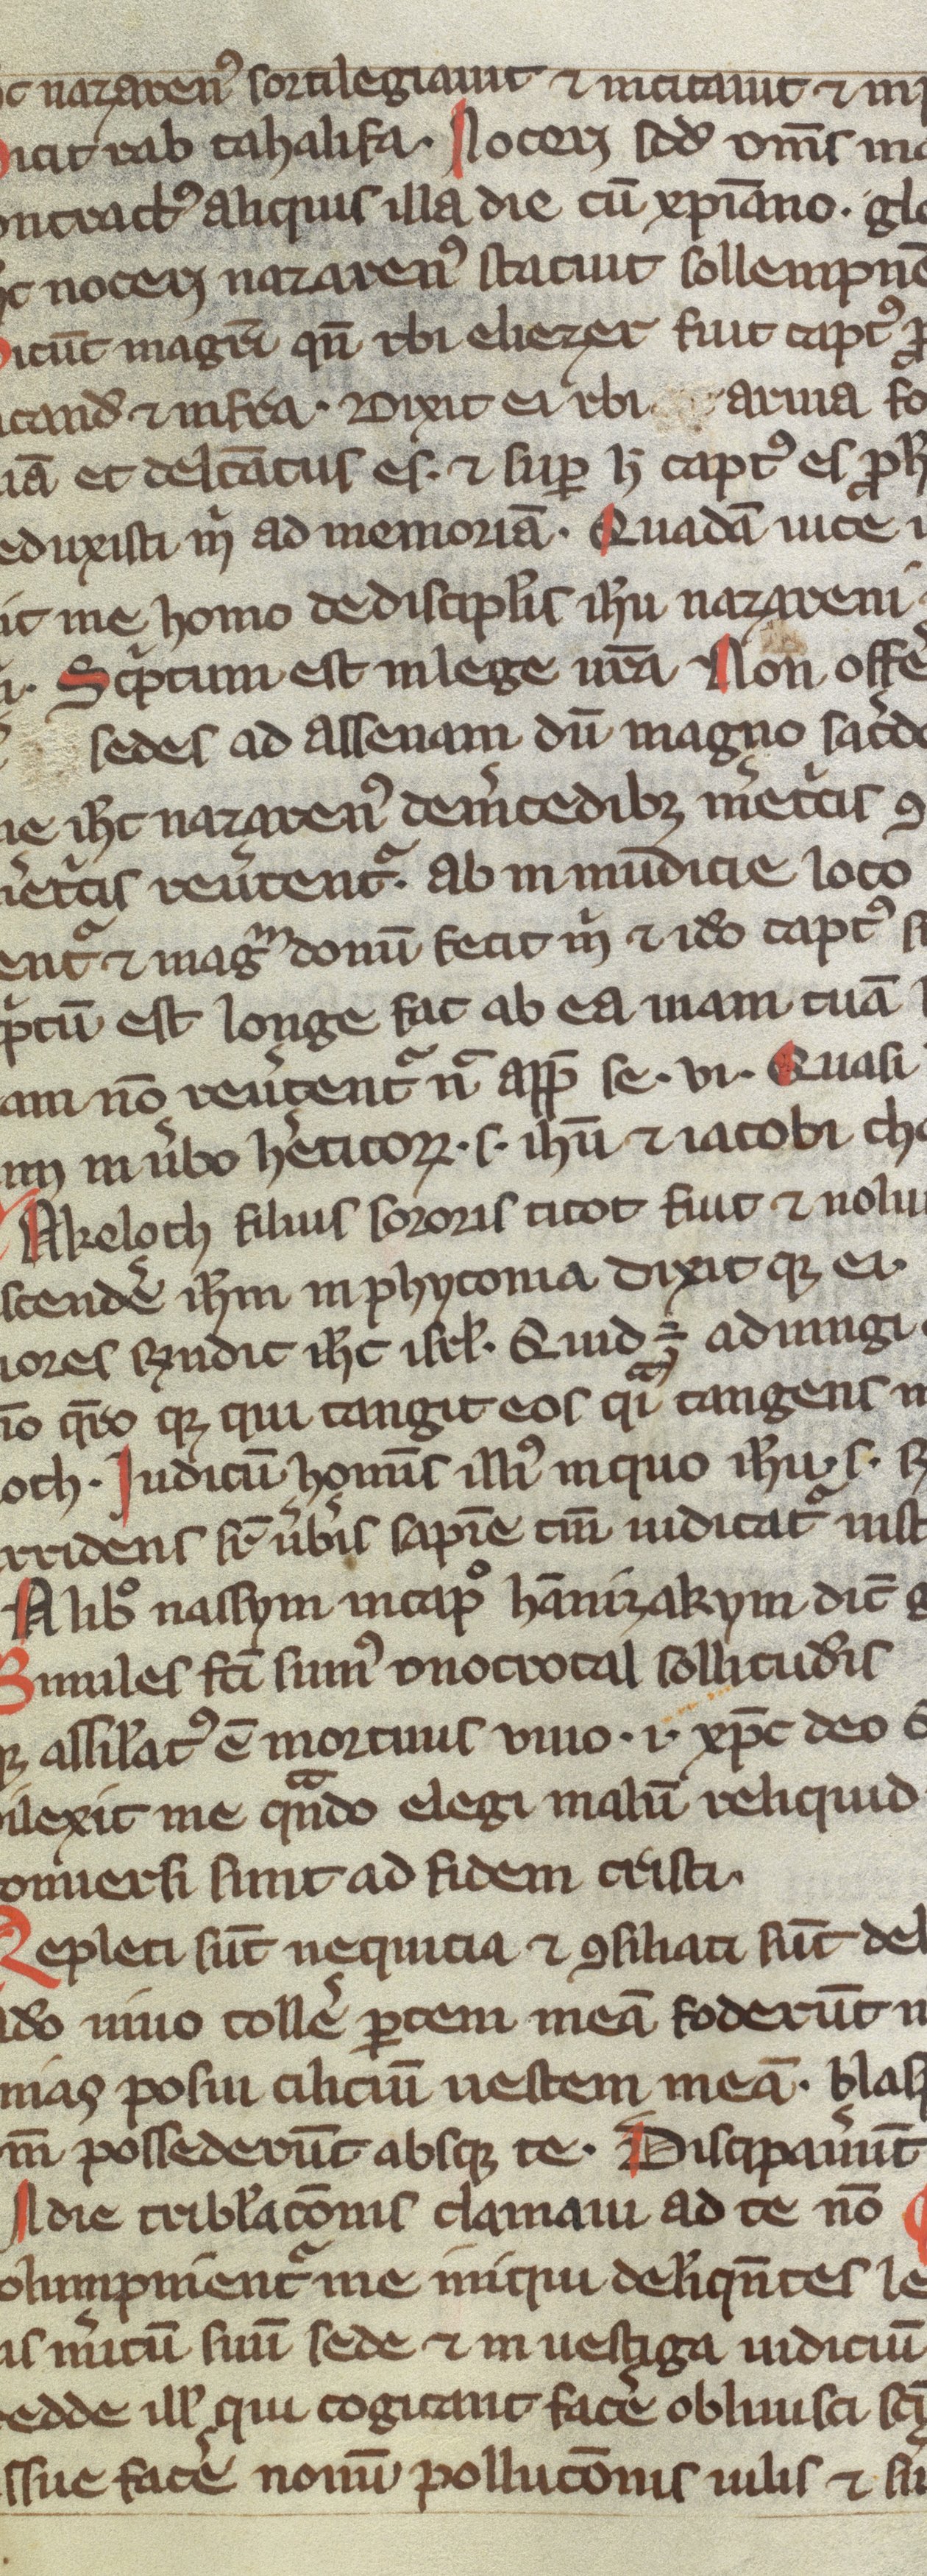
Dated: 1200–1399